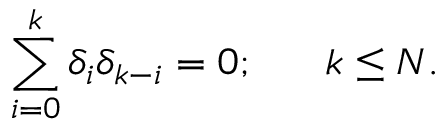
\sum _ { i = 0 } ^ { k } \delta _ { i } \delta _ { k - i } = 0 ; \ \ \ \ \ k \leq N .